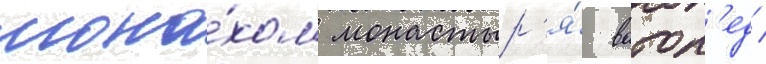
мона́хом монастыр'я́ ватоп'ед /